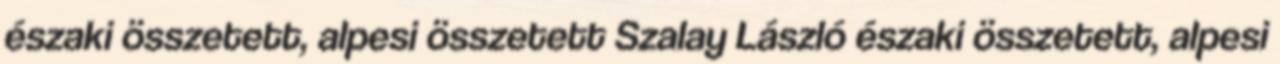
északi összetett, alpesi összetett Szalay László északi összetett, alpesi